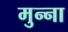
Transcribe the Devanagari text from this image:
मुन्‍ना